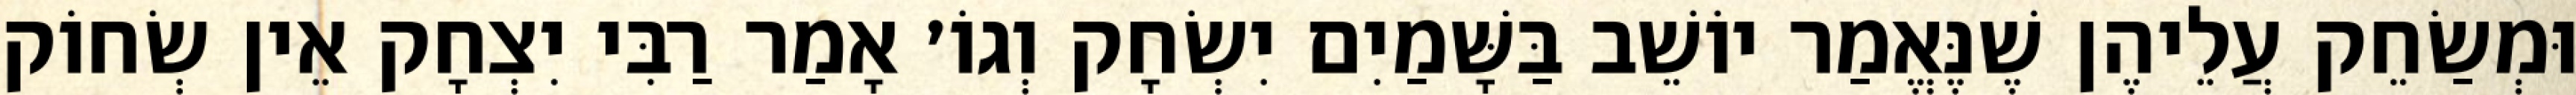
וּמְשַׂחֵק עֲלֵיהֶן שֶׁנֶּאֱמַר יוֹשֵׁב בַּשָּׁמַיִם יִשְׂחָק וְגוֹ׳ אָמַר רַבִּי יִצְחָק אֵין שְׂחוֹק